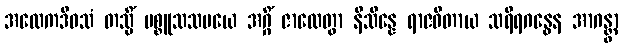
အထေကဒိဝသံ တသ္မိံ ပစ္စူသသမယေ အဂ္ဂိံ ဇာလေတွာ နိသိန္နေ ရာဇဓီတာယ သရီရဂန္ဓေန အာဂန္တွာ